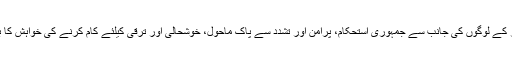
پیغام میں برصغیر کے لوگوں کی جانب سے جمہوری استحکام، پرامن اور تشدد سے پاک ماحول، خوشحالی اور ترقی کیلئے کام کرنے کی خواہش کا بھی اظہار کیا گیا۔